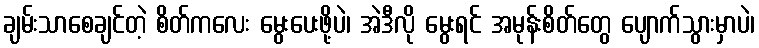
ချမ်းသာစေချင်တဲ့ စိတ်ကလေး မွေးပေးဖို့ပဲ၊ အဲဒီလို မွေးရင် အမုန်းစိတ်တွေ ပျောက်သွားမှာပဲ၊